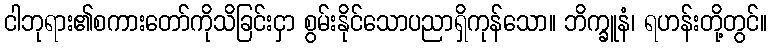
ငါဘုရား၏စကားတော်ကိုသိခြင်းငှာ စွမ်းနိုင်သောပညာရှိကုန်သော။ ဘိက္ခူနံ၊ ရဟန်းတို့တွင်။